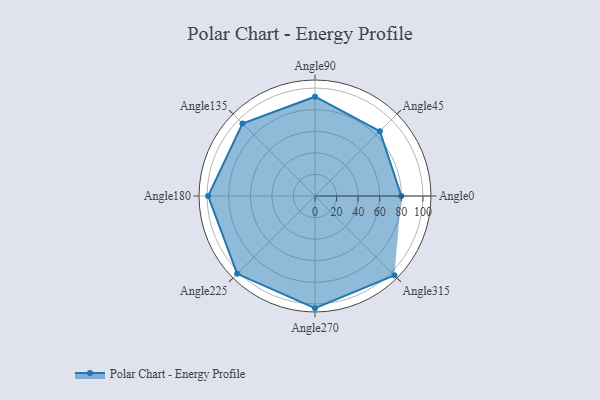
{"axis": {"x": "Angle", "y": "Radius"}, "legend": [""], "data": [{"x": "Angle0", "y": 80.0, "type": ""}, {"x": "Angle45", "y": 85.0, "type": ""}, {"x": "Angle90", "y": 92.0, "type": ""}, {"x": "Angle135", "y": 95.0, "type": ""}, {"x": "Angle180", "y": 99.0, "type": ""}, {"x": "Angle225", "y": 102.0, "type": ""}, {"x": "Angle270", "y": 104.0, "type": ""}, {"x": "Angle315", "y": 104.0, "type": ""}]}